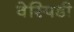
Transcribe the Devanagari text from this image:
वेस्पिडी